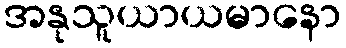
အနုသူယာယမာနော